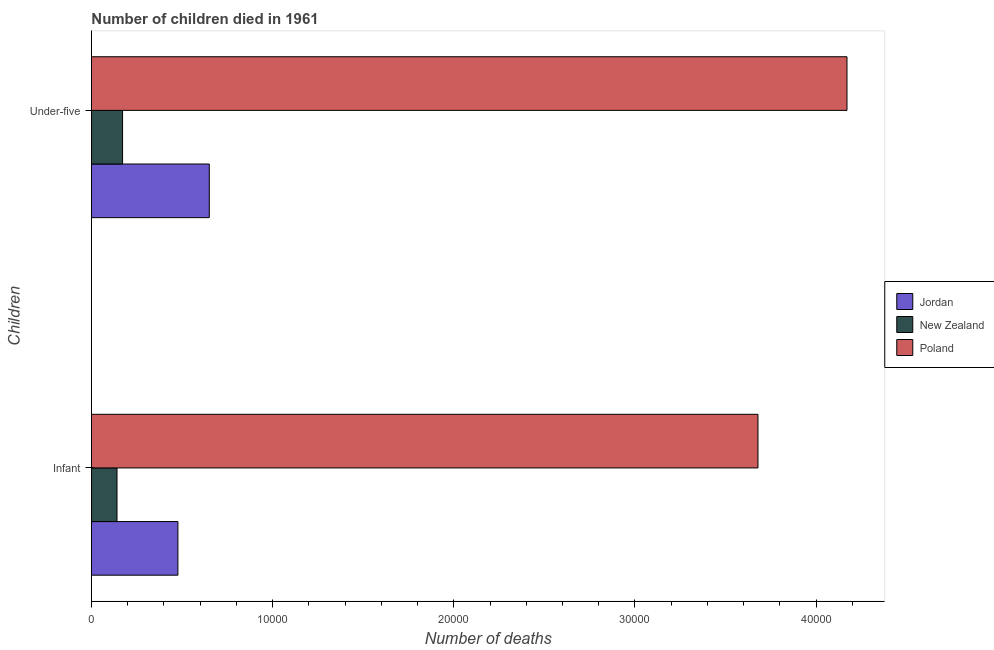
| Children | Jordan | New Zealand | Poland |
 | --- | --- | --- | --- |
 | Infant | 4.77e+03 | 1.41e+03 | 3.68e+04 |
 | Under-five | 6.51e+03 | 1.72e+03 | 4.17e+04 |